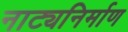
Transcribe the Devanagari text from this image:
नाट्यनिर्माण